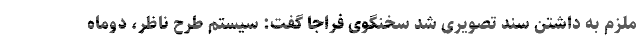
ملزم به داشتن سند تصویری شد سخنگوی فراجا گفت: سیستم طرح ناظر، دوماه